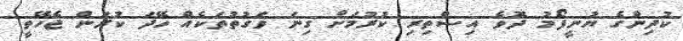
ކުދިންގެ ޔުނީފޯމު ދޮވެ އިސްތިރި ކުރުމަށް ގިނަ ވަގުތުތަކެއް ހޭދަ ކުރަން ޖެހޭތީ